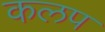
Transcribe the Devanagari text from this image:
कलप